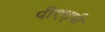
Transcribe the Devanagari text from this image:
पीएछ्पी